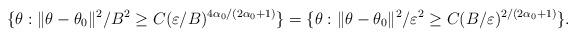
LaTeX: \begin{align*}\{\theta: \|\theta-\theta_{0}\|^2 / B^2 \geq C (\varepsilon / B)^{4\alpha_{0}/(2\alpha_{0}+1)} \}=\{\theta: \|\theta-\theta_{0}\|^2 / \varepsilon^2 \geq C (B/\varepsilon)^{2/(2\alpha_{0}+1)} \}.\end{align*}